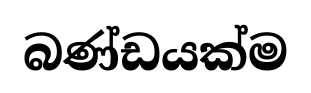
බණ්ඩයක්ම